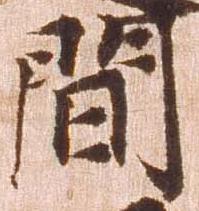
間